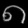
Digit: ၈